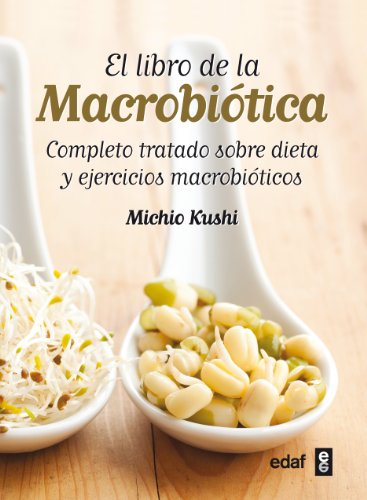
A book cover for El libro de la macrobiotica (Spanish Edition); Michio Kushi; Health, Fitness & Dieting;